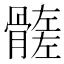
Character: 𩪄